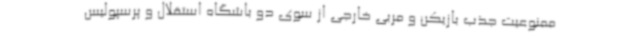
ممنوعیت جذب بازیکن و مربی خارجی از سوی دو باشگاه استقلال و پرسپولیس